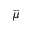
\vec { \mu }